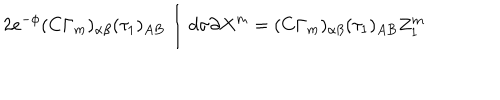
2 e ^ { - \phi } ( C \Gamma _ { m } ) _ { \alpha \beta } ( \tau _ { 1 } ) _ { A B } \int d \sigma \partial X ^ { m } = ( C \Gamma _ { m } ) _ { \alpha \beta } ( \tau _ { 1 } ) _ { A B } Z _ { 1 } ^ { m }